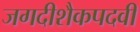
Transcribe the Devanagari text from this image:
जगदीशैकपदवीं